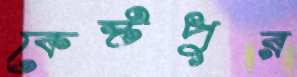
কেষ্টপুর